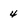
Character: 4